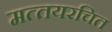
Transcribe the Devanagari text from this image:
मत्‍तयरचित